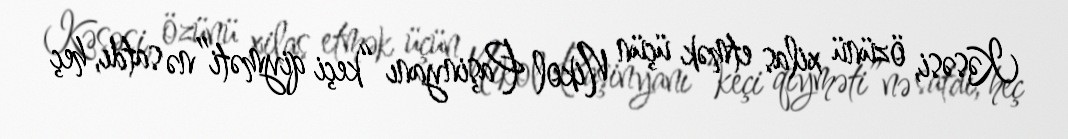
Kəsəsi, özünü xilas etmək üçün Nikol Paşinyanı “keçi qiyməti”nə satdı, heç